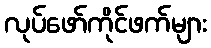
လုပ်ဖော်ကိုင်ဖက်များ